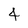
Character: 4